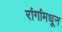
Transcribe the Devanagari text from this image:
रांगांमधून